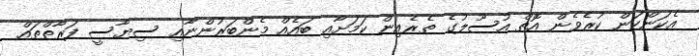
އެކަންކަން ކުރެވެން އޮތް އުސޫލުގެ ތެރެއިން ކަމަށާއި ބައެއް މެންބަރުންނާއި ސިޔާސީ ފަރާތްތައް